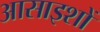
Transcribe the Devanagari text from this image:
आसाइशों